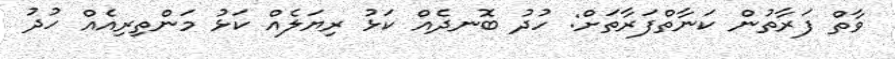
ވާތް ފަރާތުން ކަނާތްފަރާތަށް: ހުދު ބޮނދެއް ކަޅު ރިޔަލެއް ކަޅު މަންތިރިއެއް ހުދު